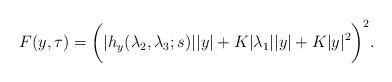
LaTeX: \begin{align*}F(y,\tau)=\bigg(|h_y(\lambda_2,\lambda_3;s)||y|+K|\lambda_1||y|+K |y|^2\bigg)^2.\end{align*}